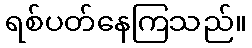
ရစ်ပတ်နေကြသည်။